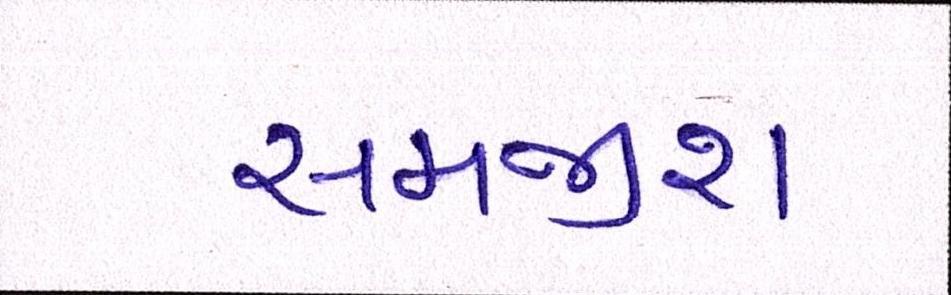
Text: સમજીશ